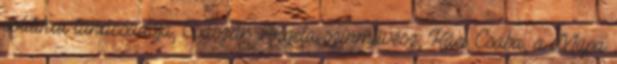
politikai tanácsadója; Császár Angela színművész; Káel Csaba, a Müpa